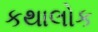
કથાલોક